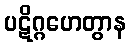
ပဋိဂ္ဂဟေတွာန